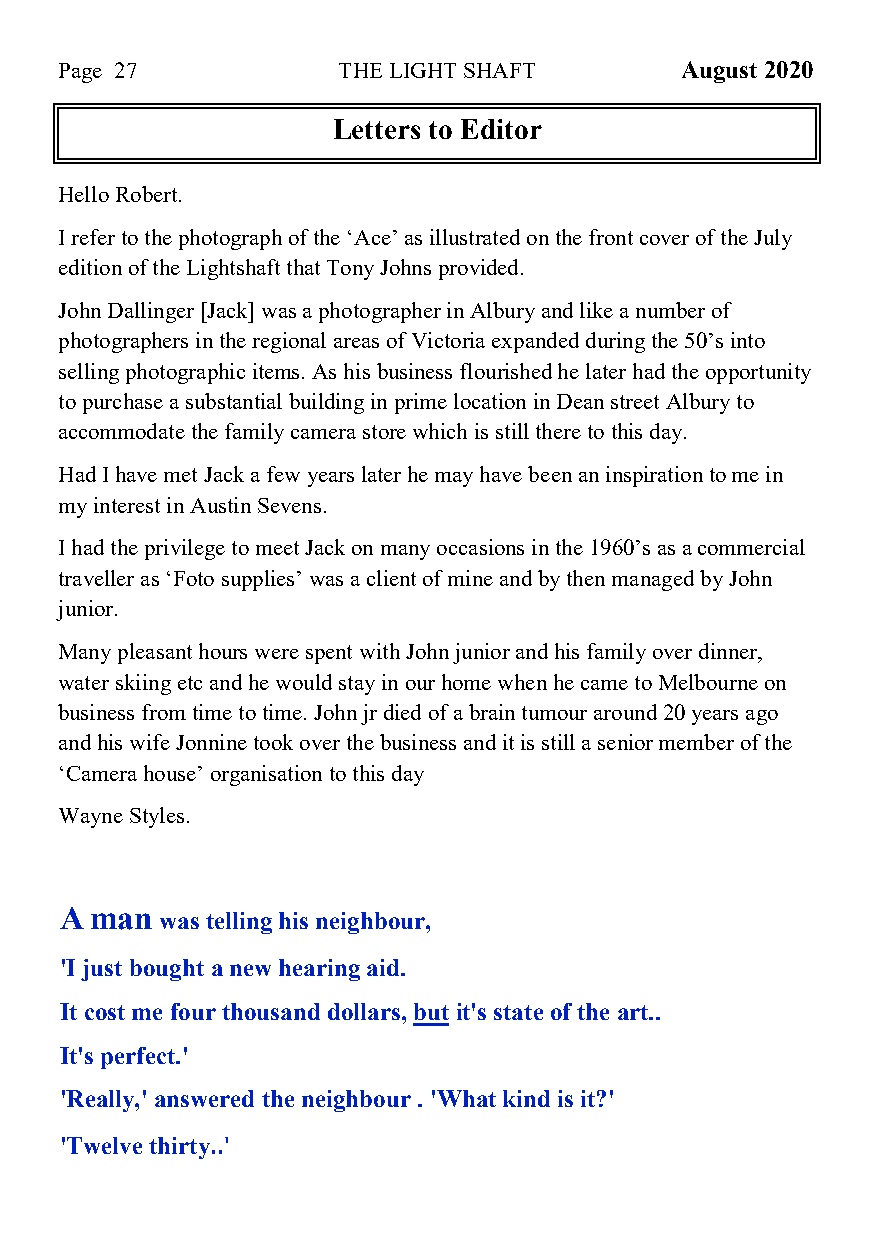
Page 27           THE LIGHT SHAFT        August 2020
 Letters to Editor
 Hello Robert.
 I refer to the photograph of the ‘Ace’ as illustrated on the front cover of the July
 edition of the Lightshaft that Tony Johns provided.
 John Dallinger [Jack] was a photographer in Albury and like a number of
 photographers in the regional areas of Victoria expanded during the 50’s into
 selling photographic items. As his business flourished he later had the opportunity
 to purchase a substantial building in prime location in Dean street Albury to
 accommodate the family camera store which is still there to this day.
 Had I have met Jack a few years later he may have been an inspiration to me in
 my interest in Austin Sevens.
 I had the privilege to meet Jack on many occasions in the 1960’s as a commercial
 traveller as ‘Foto supplies’ was a client of mine and by then managed by John
 junior.
 Many pleasant hours were spent with John junior and his family over dinner,
 water skiing etc and he would stay in our home when he came to Melbourne on
 business from time to time. John jr died of a brain tumour around 20 years ago
 and his wife Jonnine took over the business and it is still a senior member of the
 ‘Camera house’ organisation to this day
 Wayne Styles.
 A man
 was telling his neighbour,
 'I just bought a new hearing aid.
 It cost me four thousand dollars, but it's state of the art..
 It's perfect.'
 'Really,' answered the neighbour . 'What kind is it?'
 'Twelve thirty..'